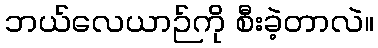
ဘယ်လေယာဉ်ကို စီးခဲ့တာလဲ။